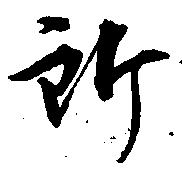
所